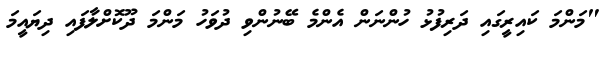
"މަންމަ ކައިރީގައި ދަރިފުޅު ހުންނަން އެންމެ ބޭނުންވި ދުވަހު މަންމަ ދޫކޮށްލާފައި ދިޔައީމަ